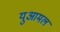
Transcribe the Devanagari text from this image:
युआमल